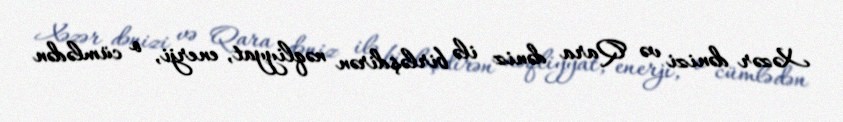
Xəzər dənizi və Qara dəniz ilə birləşdirən nəqliyyat, enerji, o cümlədən